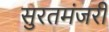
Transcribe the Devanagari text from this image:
सुरतमंजरी